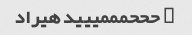
۸ حححمممییید هیراد